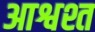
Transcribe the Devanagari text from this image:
आश्वश्त